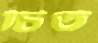
চিত